Juri_Uluots, lk 11
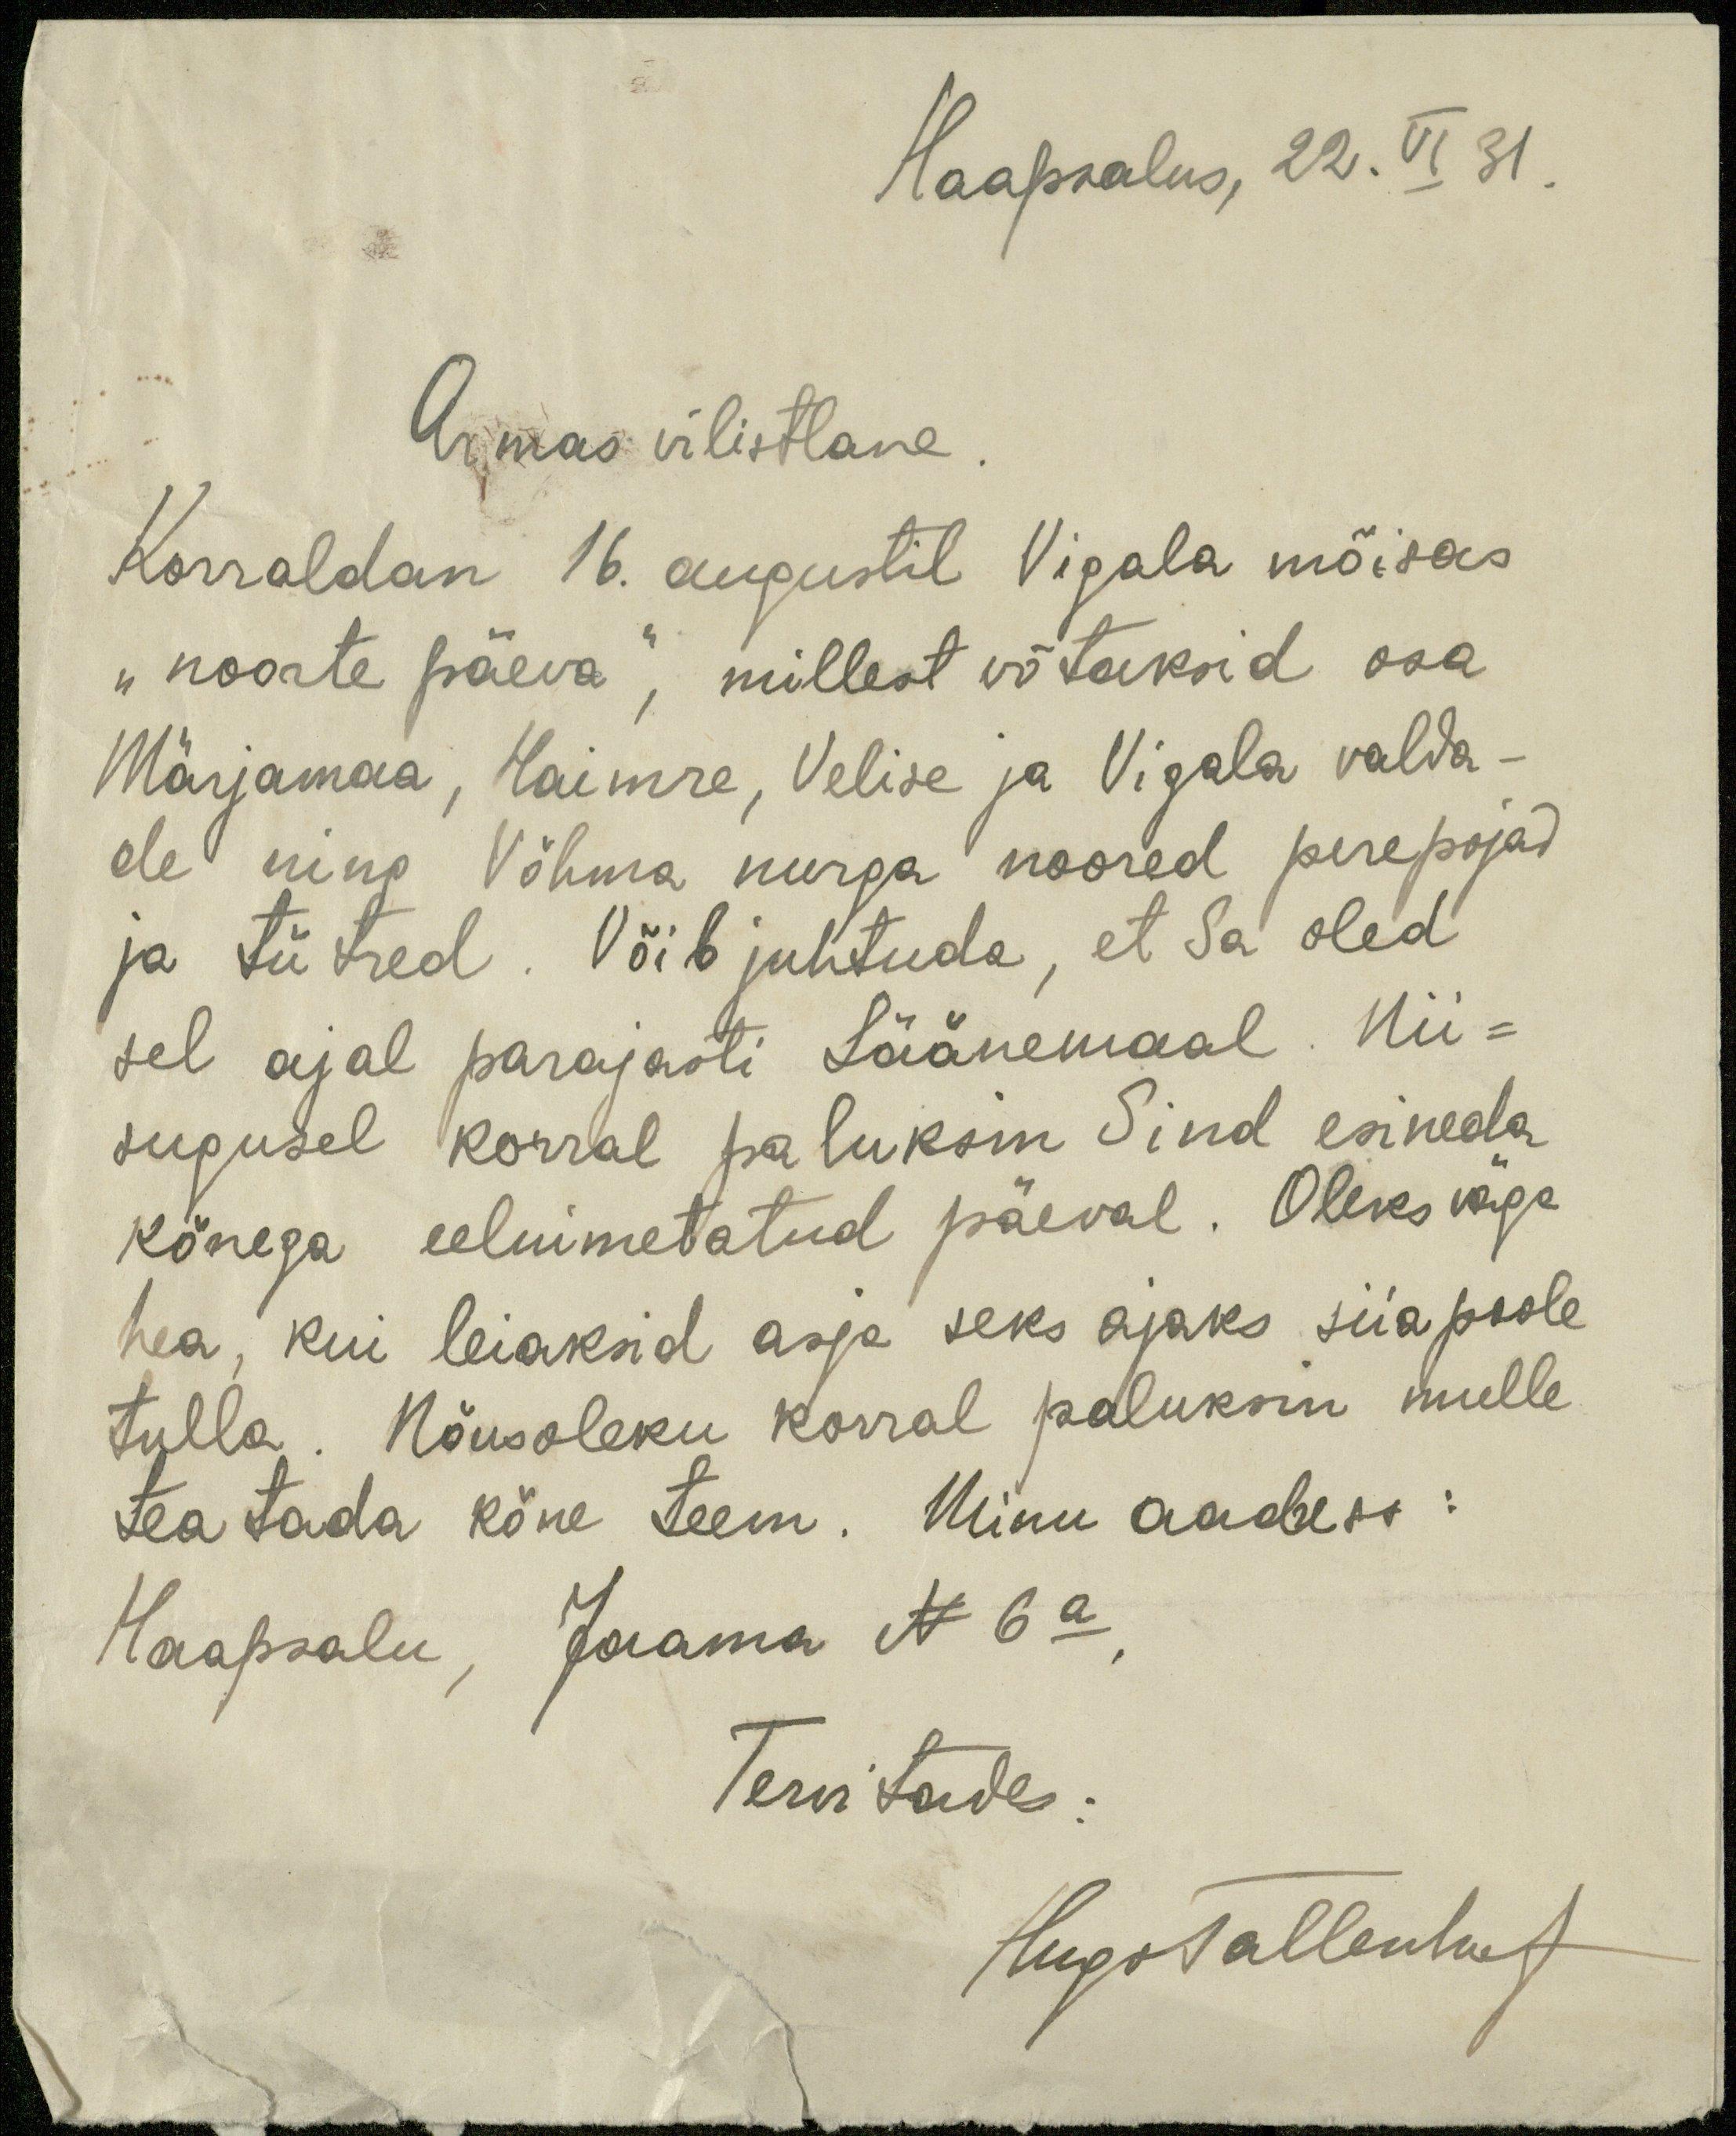
Haapsalus, 22. VI 31.
Armas vilistlane
Korraldan 16. augustil Vigala mõisas
"noorte päeva", millest võtaksid osa
Märjamaa, Haimre, Velise ja Vigala valda-
de ning Võhma nurga noored perepojad
ja tütred. Võib juhtuda, et Sa oled
sel ajal parajasti Läänemaal. Nii-
sugusel korral paluksin Sind esineda
kõnega eelnimetatud päeval. Oleks väga
hea, kui leiaksid asja seks ajaks siia poole
tulla. Nõusoleku korral paluksin mulle
teatada kõne teem. Minu aadress:
Haapsalu, Jaama N 6 a,
Tervitades:
Hugo Tallenhof